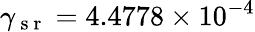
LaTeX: \gamma_{\mathrm{~s~r~}}=4.4778\times 10^{-4}